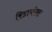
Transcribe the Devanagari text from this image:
रिडायरेक्ट